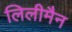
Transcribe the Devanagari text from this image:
लिलीमैन